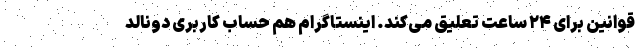
قوانین برای ۲۴ ساعت تعلیق می‌کند. اینستاگرام هم حساب کاربری دونالد